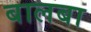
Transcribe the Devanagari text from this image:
बालबा